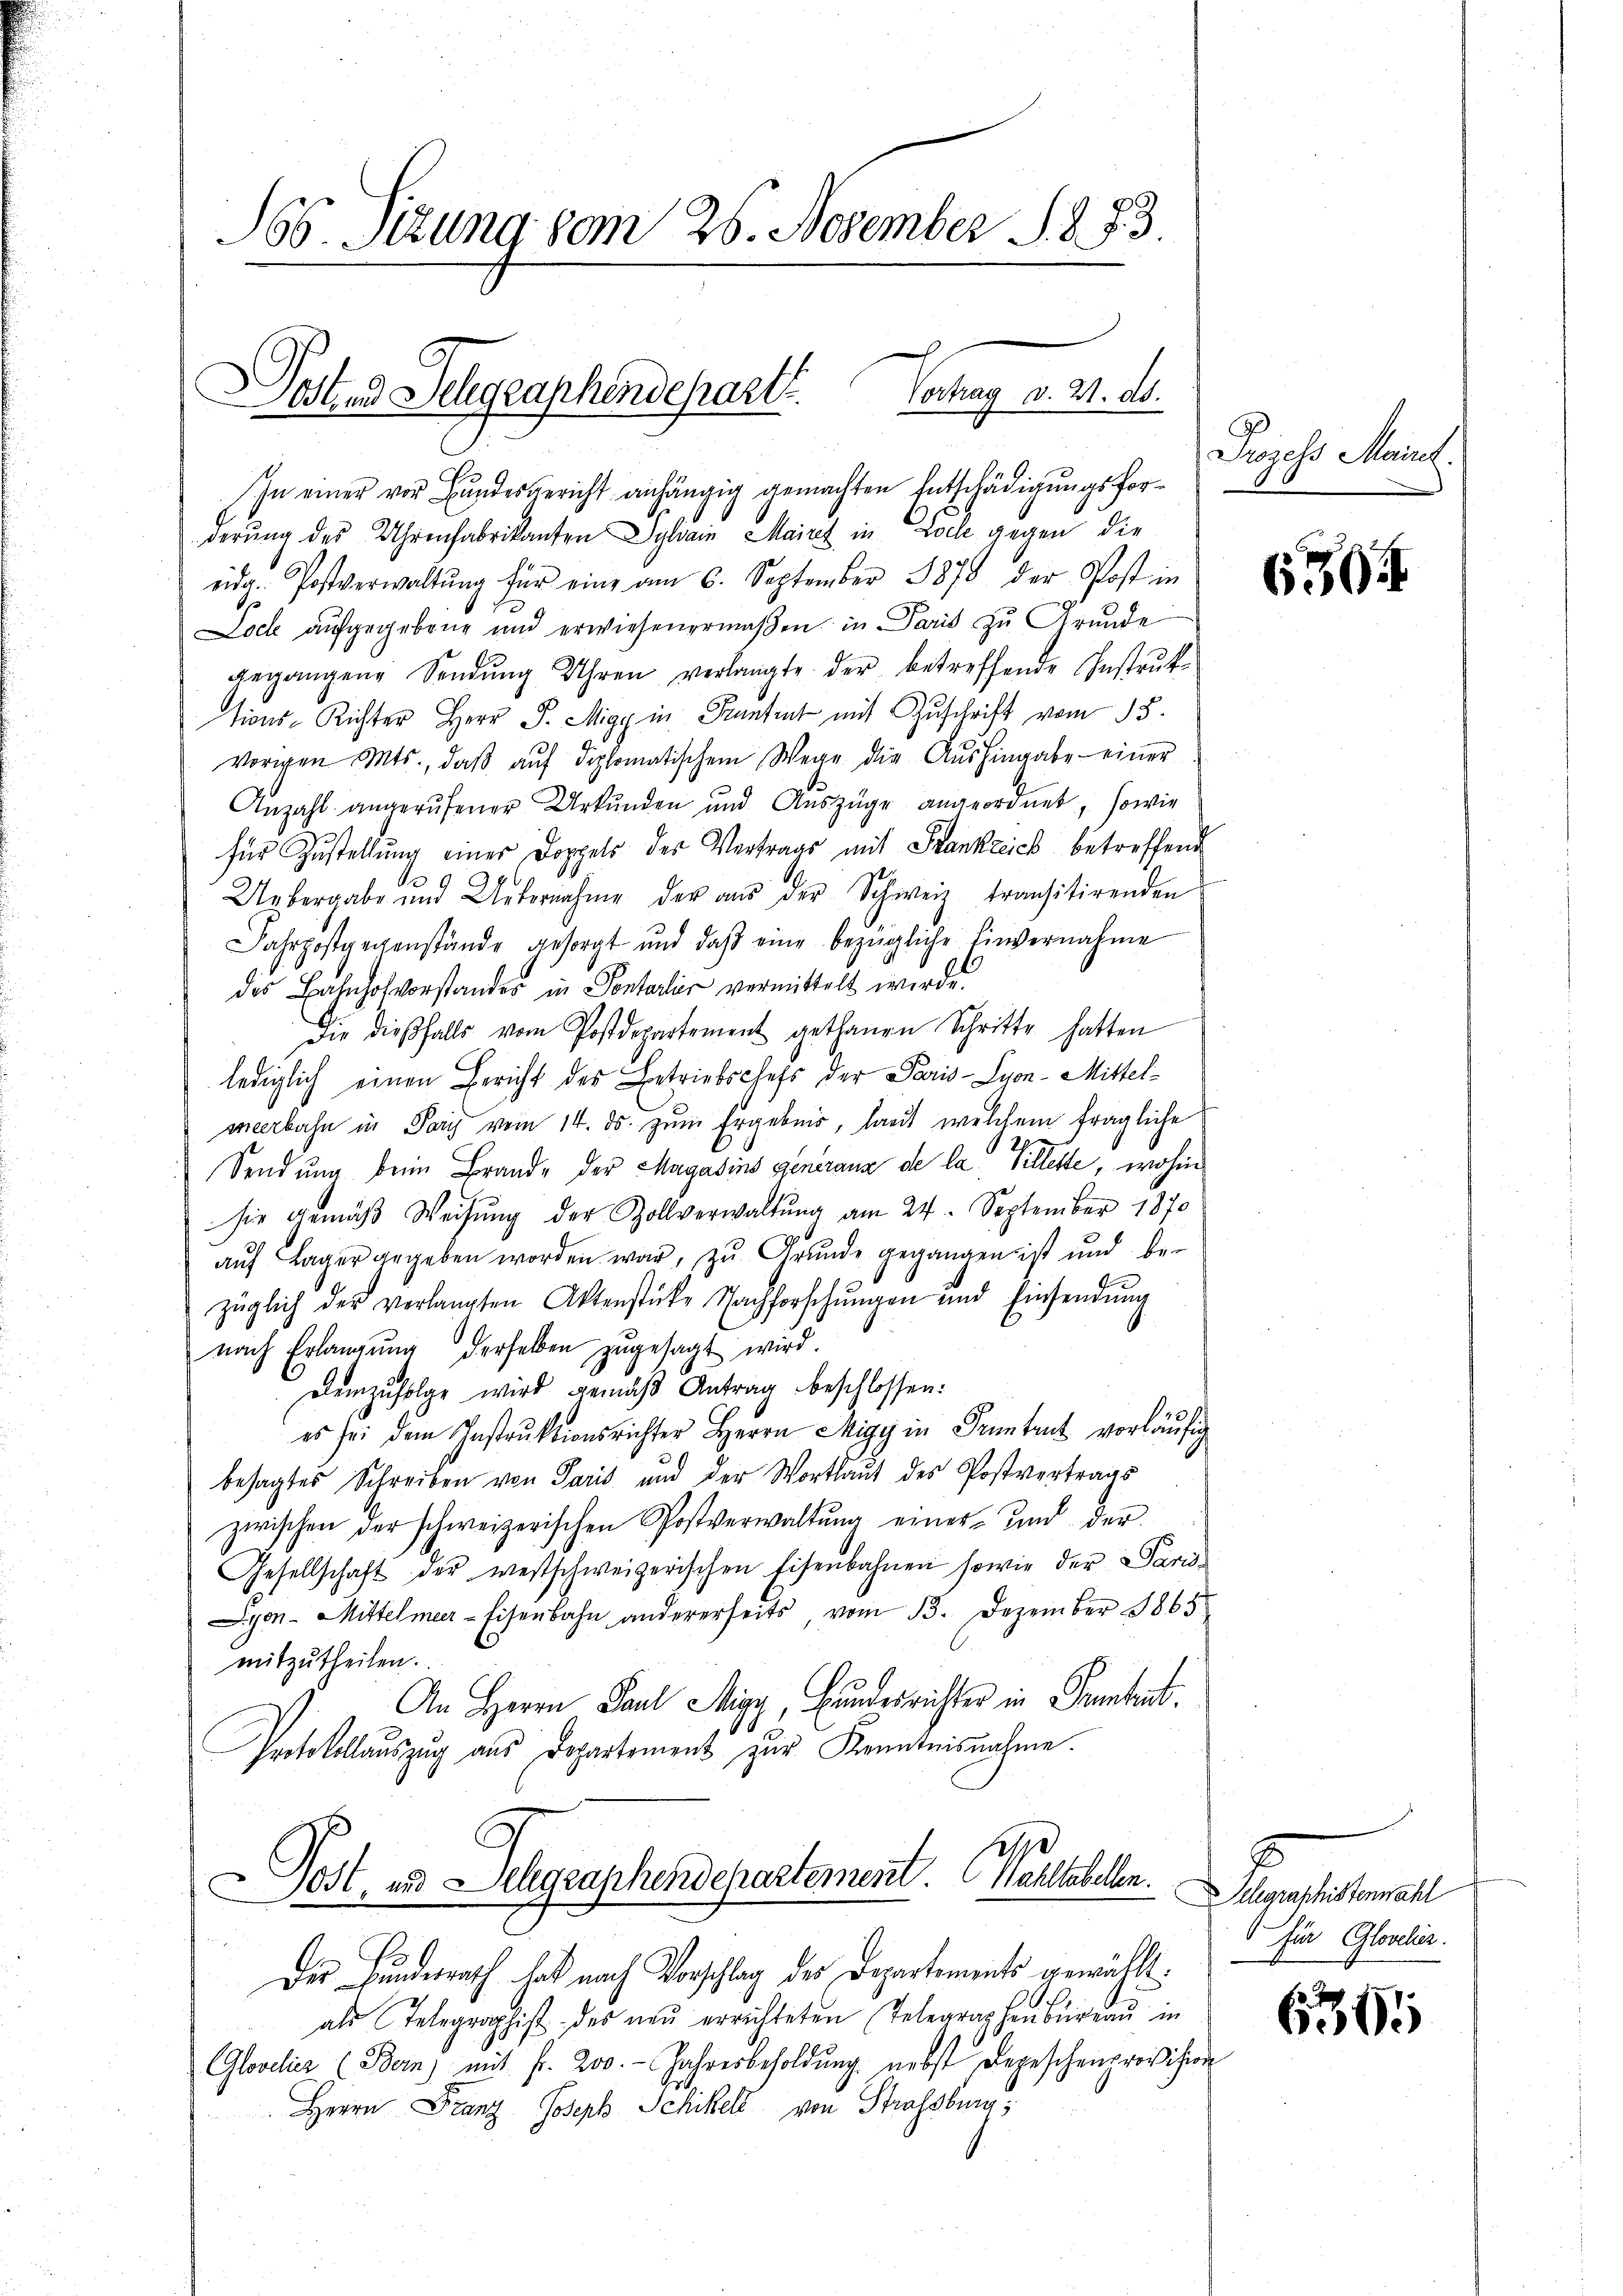
166. Sitzung vom 26. November 1873
osten Telegraphendepart. Verhag v. 21. ds.

In einer vor Bundesgericht anhängig gemachten Entschädigungsforderung des Uhrenfabrikanton Dyliain Mairet in Loche gegen die
eidg. Postverwaltŭng für eine am 6. September 1878 der Post in
Loch aufgegebene und erwiesenermaβen in Paris zu Grunde
gegangene Sendŭng Uhren verlangte der betreffende Instruk
tions-Richter Herr P. Migy in Kantent mit Zuschrift vom 13.
vorigen Mts., daβ aŭf diplomatischem Wege die Aŭshingabe einer
Anzahl angerŭfener Urkunden und Auszüge angeordnet, sowie
für Zustellung einer Doppels des Vertrags mit Stankzeich betreffend
Uebergabe und Unternahme der aŭs der Schweiz transitirenden
Fahrpostgegenstände gesorgt und daβ eine bezügliche Einvernahme
des Bahnhofvorstandes in Sontarlier vermittelt werde.
Die dieβfalls vom Postdepartement gethanen Schritte hatten
lediglich einen Bericht des Betriebschefs der Paris-Syon-Mittelmeerbahn in Pary vom 14. ds. zum Ergebnis, laut welchem fragliche
Sendung beim Brand- der Magazins Generanz de la Villette, wohin
sie gemäβ Weisung der Zollverwaltung am 24. September 1870
aŭf Lager gegeben worden war, zu Grunde gegangen ist und be-
züglich der verlangten Aktenstücke Nachforschŭngen und Einsendŭng
nach Erlangŭng derselben zŭgesagt wird.
Demzufolge wird gemäß Antrag beschlossen:
es sei dem Instrŭktionsrichter Herrn Migy in Frantent vorläŭfig
besagtes Schreiben von Paris und der Wortlaut des Postvertrags
zwischen der schweizerischen Postverwaltŭng einer- und der
Gesellschaft der westschweizerischen Eisenbahnen sowie der Paris¬
Lyon - Mittelmeer- Eisenbahn andererseits vom 13. Dezember 1865
mitzutheilen.
An Herrn Paul Migy, Bundesrichter in Frantent.
Protokollauszug aus Departement zur Kenntnisnahme
Post, es Delegraphendepartement. Waltabellen.
Der Bundesrath hat nach Vorschlag des Departements gewählt.
als Telegraphist des neŭ errichteten Telegraphenbüreaŭ in
Glovelis (Bern, mit fr. 200. Jahresbesoldŭng nebst Depeschenprovision
Herrn Franz Joseph Schikel von Strassburg;

Peges Mannst.

6504

elgraphistenwahl
 für Glovelis.

639